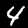
Digit: 4